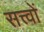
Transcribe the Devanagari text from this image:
सत्त्वों